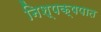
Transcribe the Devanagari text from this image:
निश्पक्षपात